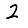
Digit: 2